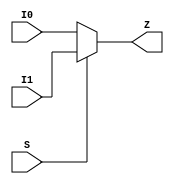
// ================================================================
// NVDLA Open Source Project
//
// Copyright(c) 2016 - 2017 NVIDIA Corporation. Licensed under the
// NVDLA Open Hardware License; Check "LICENSE" which comes with
// this distribution for more information.
// ================================================================
module MUX2HDD2 (
  I0
 ,I1
 ,S
 ,Z
 );
input I0 ;
input I1 ;
input S ;
output Z ;
assign Z = S ? I1 : I0;
endmodule